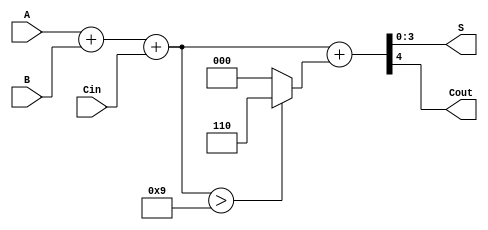
module bcd_adder (
    input  wire [3:0] A,      // First BCD digit
    input  wire [3:0] B,      // Second BCD digit
    input  wire Cin,          // Carry-in
    output reg  [3:0] S,      // BCD sum
    output reg  Cout          // Carry-out
);

    wire [4:0] sum;           // 5-bit sum to accommodate carry
    wire correction_needed;    // Flag for correction
    wire [4:0] corrected_sum; // Corrected sum if needed

    // Binary addition of A, B, and Cin
    assign sum = A + B + Cin;

    // Determine if correction is needed (sum > 9)
    assign correction_needed = sum > 5'b01001; // 9 in binary

    // If correction is needed, add 6 (0110)
    assign corrected_sum = sum + (correction_needed ? 5'b00110 : 5'b00000);

    // Assign outputs
    always @(*) begin
        S = corrected_sum[3:0]; // Lower 4 bits are the BCD sum
        Cout = corrected_sum[4]; // Highest bit is the carry-out
    end

endmodule